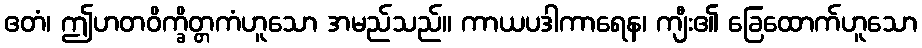
ဧတံ၊ ဤဟတဝိက္ခိတ္တကံဟူသော အမည်သည်။ ကာယပဒါကာရေန၊ ကျီး၏ ခြေထောက်ဟူသော